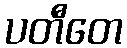
ပတီတေ